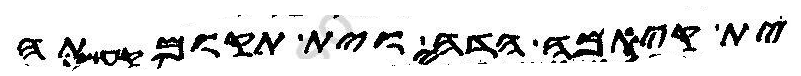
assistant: ית קיאמה הדה וית תקומתה